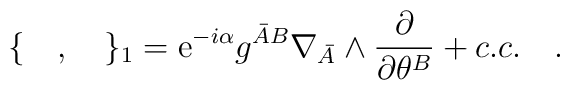
\{\quad,\quad\}_1={\rm e}^{-i\alpha}{g^{{\bar A} B}}\nabla_{\bar A}\wedge\frac{\partial}{\partial\theta^B} +c.c.\quad.